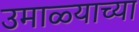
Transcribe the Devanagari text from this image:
उमाळ्याच्या